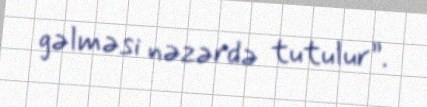
gəlməsi nəzərdə tutulur”.